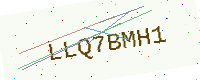
Text: LLQ7BMH1